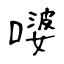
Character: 嘙